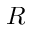
R